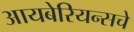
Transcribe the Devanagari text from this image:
आयबेरियन्सचे